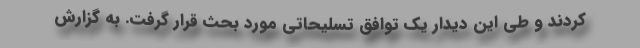
کردند و طی این دیدار یک توافق تسلیحاتی مورد بحث قرار گرفت. به گزارش